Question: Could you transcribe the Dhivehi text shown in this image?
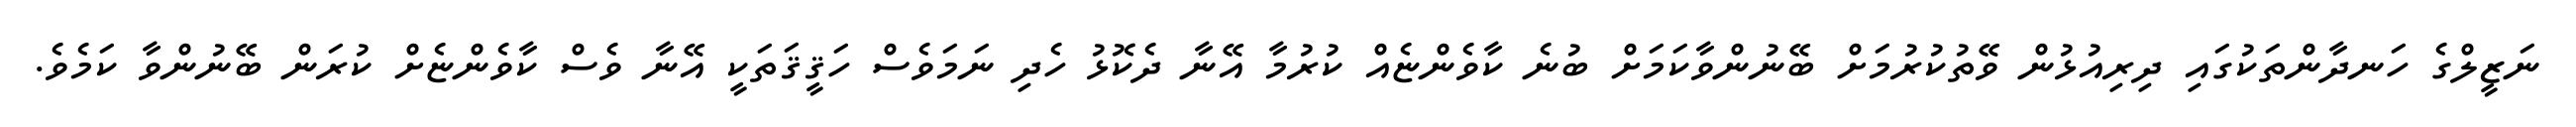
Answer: ނަޒީލްގެ ހަނދާންތަކުގައި ދިރިއުޅުން ވޭތުކުރުމަށް ބޭނުންވާކަމަށް ބުނެ ކާވެންޏެއް ކުރުމާ އޭނާ ދެކޮޅު ހެދި ނަމަވެސް ހަޤީޤަތަކީ އޭނާ ވެސް ކާވެންޏެށް ކުރަން ބޭނުންވާ ކަމެވެ.